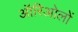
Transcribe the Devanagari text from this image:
ऑरिओलों